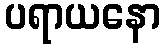
ပရာယနော